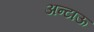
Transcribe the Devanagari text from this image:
अन्टाऊ